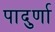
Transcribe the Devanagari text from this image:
पादुर्णा